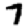
Digit: 7